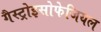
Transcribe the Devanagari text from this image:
गैस्ट्रोइसोफेजियल